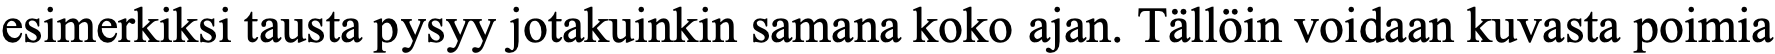
esimerkiksi tausta pysyy jotakuinkin samana koko ajan. Tällöin voidaan kuvasta poimia